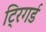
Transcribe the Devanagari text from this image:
ट्रिगर्ड